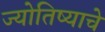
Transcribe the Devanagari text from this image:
ज्योतिष्याचे